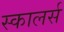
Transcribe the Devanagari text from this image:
स्कालर्स